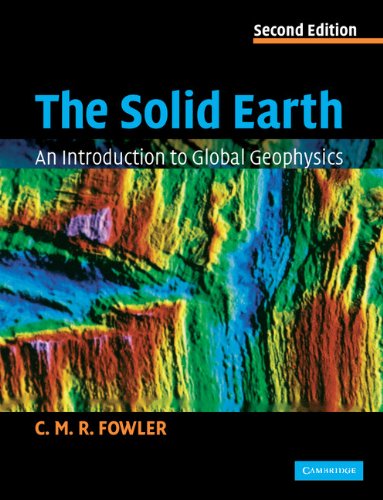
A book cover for The Solid Earth: An Introduction to Global Geophysics; C. M. R. Fowler; Science & Math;